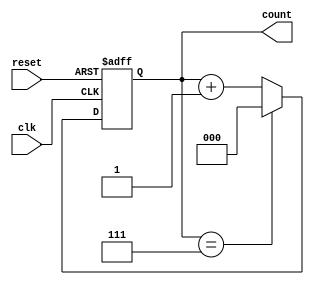
module ModulusCounter (
    input clk, // Clock input
    input reset, // Reset input
    output reg [2:0] count // Output count value
);

always @(posedge clk or posedge reset) begin
    if (reset) begin
        count <= 3'b000; // Reset count value to zero
    end else begin
        if (count == 3'b111) begin
            count <= 3'b000; // Reset count value back to zero once maximum count is reached
        end else begin
            count <= count + 1; // Increment count value
        end
    end
end

endmodule